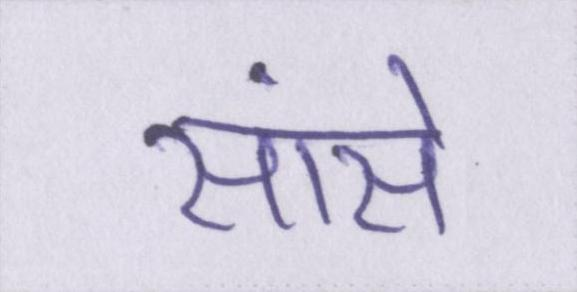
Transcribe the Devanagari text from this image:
सांसें